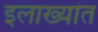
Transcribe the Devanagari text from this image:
इलाख्यांत